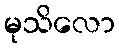
မုသိလော